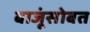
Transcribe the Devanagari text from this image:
बाजूंसोबत